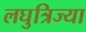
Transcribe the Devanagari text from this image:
लघुत्रिज्या